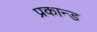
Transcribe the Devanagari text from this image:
प्रकान्ड